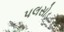
પલસોડ